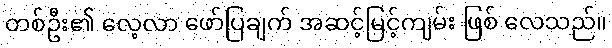
တစ်ဦး၏ လေ့လာ ဖော်ပြချက် အဆင့်မြင့်ကျမ်း ဖြစ် လေသည်။